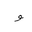
Letter: _waw